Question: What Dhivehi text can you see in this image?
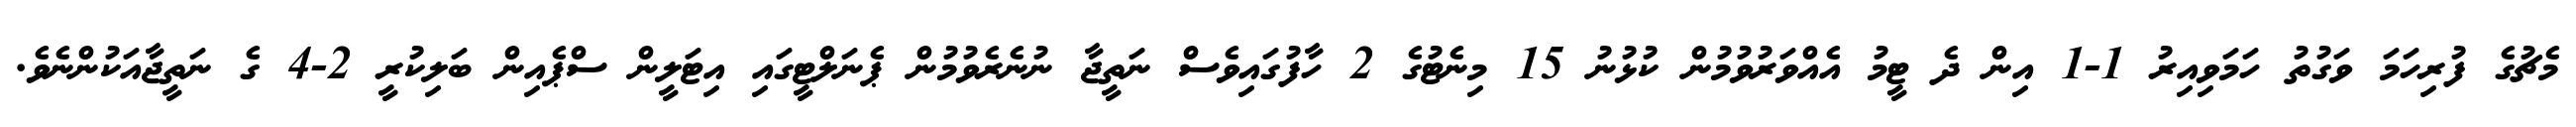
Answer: މެޗުގެ ފުރިހަމަ ވަގުތު ހަމަވިއިރު 1-1 އިން ދެ ޓީމު އެއްވަރުވުމުން ކުޅުނު 15 މިނެޓުގެ 2 ހާފުގައިވެސް ނަތީޖާ ނުނެރެވުމުން ޕެނަލްޓީގައި އިޓަލީން ސްޕެއިން ބަލިކުރީ 2-4 ގެ ނަތީޖާއަކުންނެވެ.